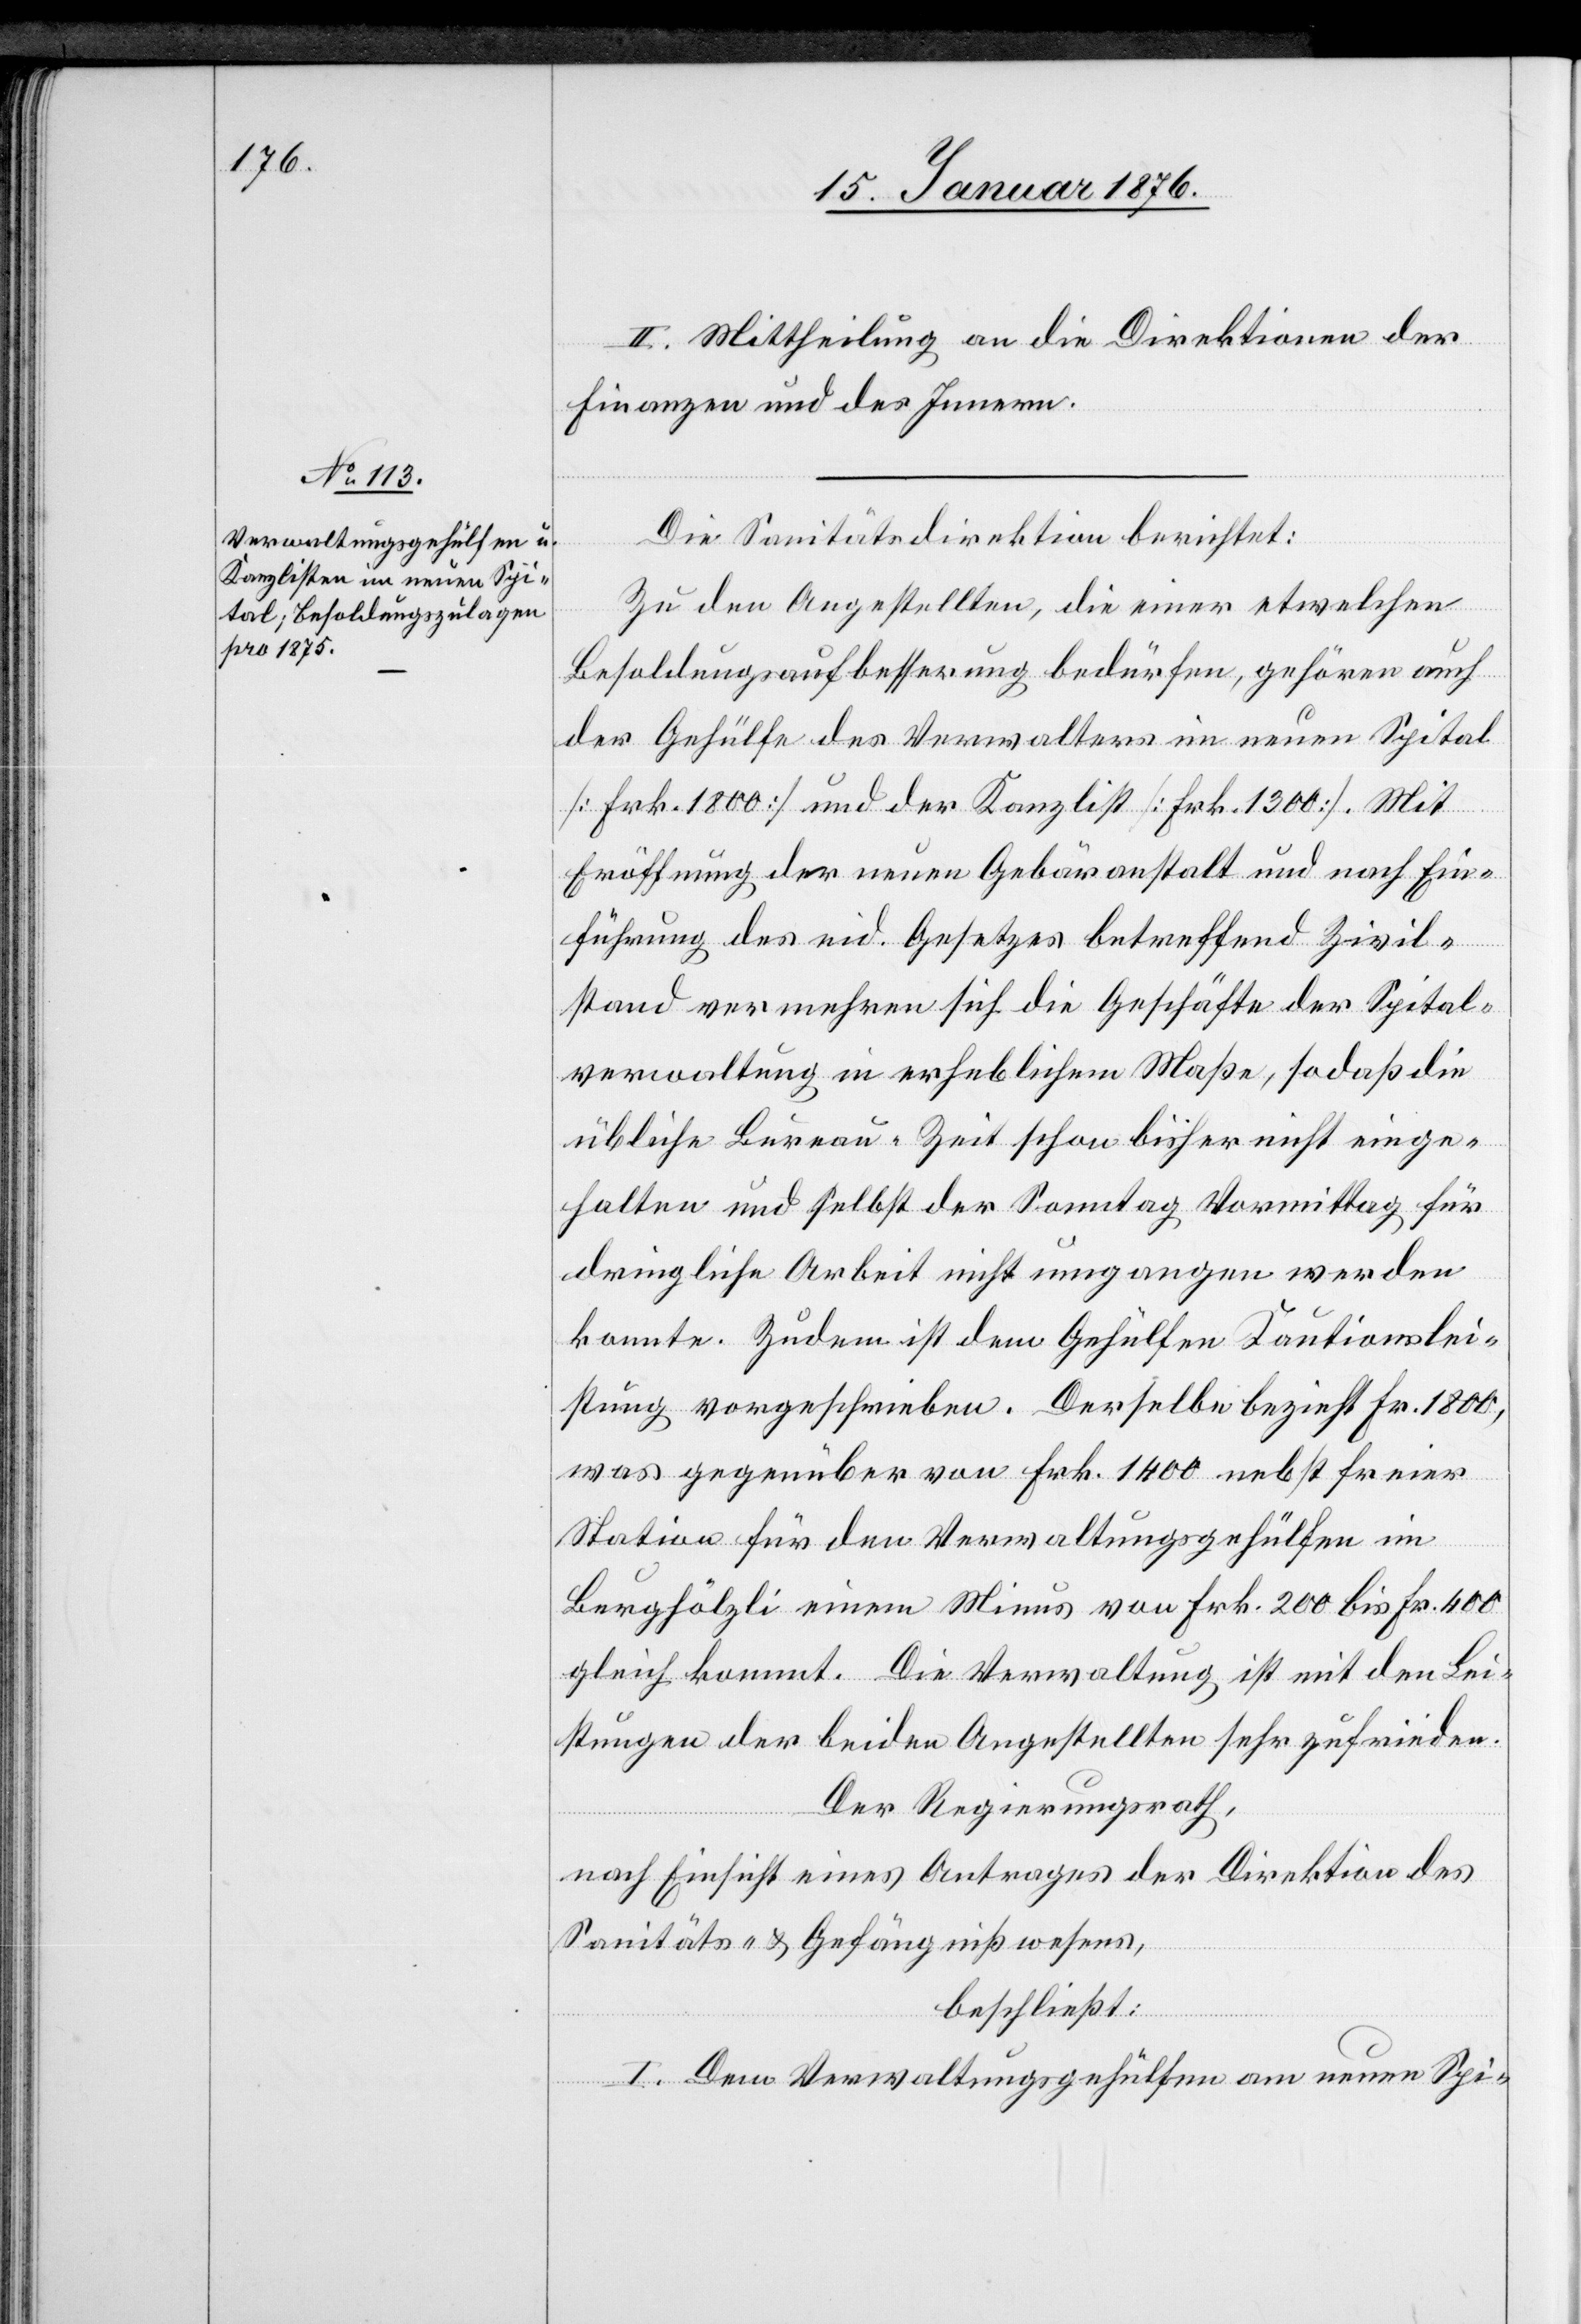
II. Mittheilung an die Direktion der
Finanzen und des Innern.
Die Sanitätsdirektion berichtet:
Zu den Angestellten, die einer etwelchen
Besoldungsaufbesserung bedürfen, gehören auch
der Gehülfe des Verwalters im neuen Spital
[Frk. 1800] und der Kanzlist [Frk. 1300]. Mit
Eröffnung der neuen Gebäranstalt und nach Ein¬
führung des eid. Gesetzes betreffend Zivil¬
stand vermehren sich die Geschäfte der Spital¬
verwaltung in erheblichem Maße, so daß die
übliche Bureau-Zeit schon bisher nicht einge¬
halten und selbst der Samstag Vormittag für
dringliche Arbeit nicht umgangen werden
konnte. Zudem ist dem Gehülfen Kautionslei¬
stung vorgeschrieben. Derselbe bezieht Fr. 1800,
was gegenüber von Frk. 1400 nebst freier
Station für den Verwaltungsgehülfen im
Burghölzli einem Minus von Frk. 200 bis Fr. 400
gleich kommt. Die Verwaltung ist mit den Lei¬
stungen der beiden Angestellten sehr zufrieden.
Der Regierungsrath,
nach Einsicht eines Antrages der Direktion des
Sanitäts- u. Gefängnißwesens,
beschließt:
I. Dem Verwaltungsgehülfen am neuen Spi-